Lunatic asylums Madras 1892-1911 - 1892-1911
Year: 1892
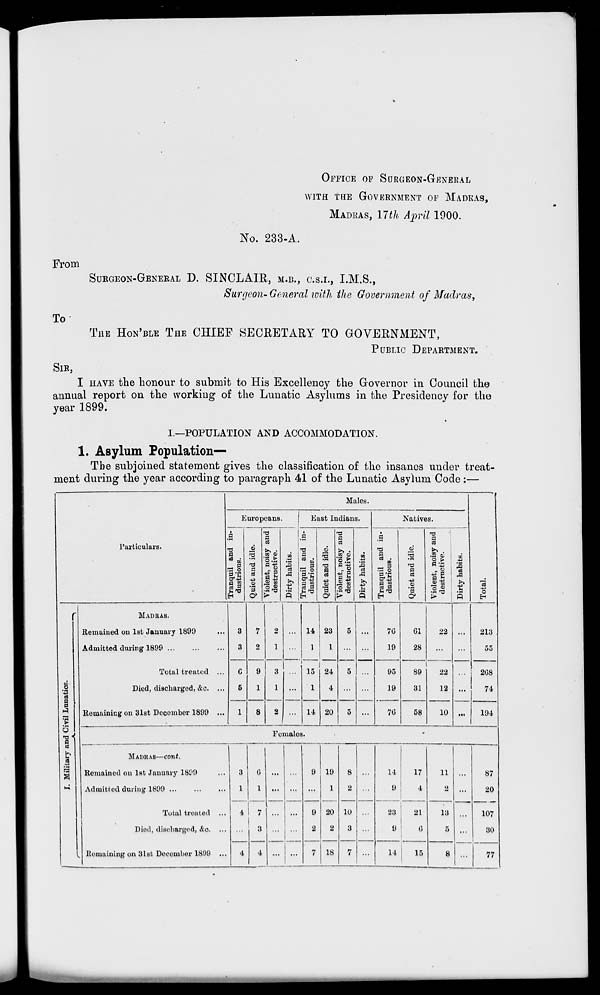
OFFICE OF SURGEON-GENERAL
WITH THE GOVERNMENT OF MADRAS,
MADRAS, 17th April 1900.
No. 233-A
From
To
SURGEON-GENERAL D. SINCLAIR, M.B., C.S.I., I.M.S.,
Surgeon- General with the Government of Madras,
THE HON'BLE THE CHIEF SECRETARY TO GOVERNMENT,
PUBLIC DEPARTMENT.
SIR,
I HAVE the honour to submit to His Excellency the Governor in Council the
annual report on the working of the Lunatic Asylums in the Presidency for the
year 1899.
I.—POPULATION AND ACCOMMODATION.
1. Asylum Population—
The subjoined statement gives the classification of the insanes under treat-
ment during the year according to paragraph 41 of the Lunatic Asylum Code :—
Particulars.
Males
Europeans.
East Indians.
-a
§ •
W
OQ
_, P
5/1
a tc
H
13
m
o
"3
3
>>
00
'3
3
i
"3
%
A
5
_ a
rS o
|'j
-a
a
o
•3
T3
fi
a
>> .
tD ft)
■42 ?
a £
^2
a
A
Natives.
_ a
§ 2
a a
a
a
Q
'3
a
a
§|
a 6
e3
Q
o
EH
8
i a a
5
a
a
L
c9
1
MADRAS.
Remained on 1st January 1899
Admitted during 1899
Total treated
Died, discharged, &c.
Remaining on 31st December 1899
14
1
23
1
15
1
11
24
4
20
70
19
95
19
70
01
28
89
31
58
22
22
12
10
213
• >.»
208
74
194
Females.
MADRAS—cont.
Remained on 1st January 1899
Admitted during 1899
Total treated
Diod, discharged, &o.
Remaining on 31st Docernljor 1899
...
3
1
4
4
0
1
7
3
4
...
...
9
9
2
7
19
1
20
2
18
8
2
10
3
7
...
14
9
17
4
23
21
9
0
11
13
14 I
15
87
20
107
30
77